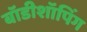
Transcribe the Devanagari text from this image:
बॉडीशॉपिंग